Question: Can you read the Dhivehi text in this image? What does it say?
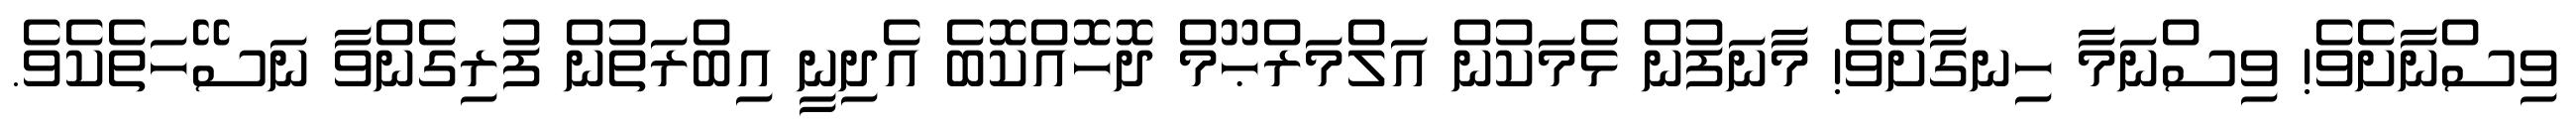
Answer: ވިސްނާށެވެ! ވިސްނަމާ ހިނގާށެވެ! މާނަފުން ޅެމަކުން އަލްމަރްޙޫމް ދޮހޮއްކޮބެ އެދިނީ އިބްރަތުން ފުރިގެންވާ ނަސޭހަތެކެވެ.